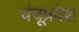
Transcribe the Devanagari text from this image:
चंचूप्रवेश